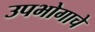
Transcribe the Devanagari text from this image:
उपभोगाचे